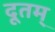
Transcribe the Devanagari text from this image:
दूतम्